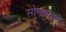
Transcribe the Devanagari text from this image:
सोमप्रभवा